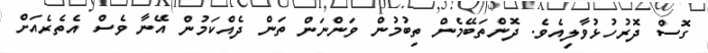
ގޮސް ދޮރުހުޅުވާލިއެވެ. ދޮންތަބޭމެން ތިބުމުން ވަންނަން ތަން ދެއްކަމުން އޭނާ ވެސް އެތެރެއަށް